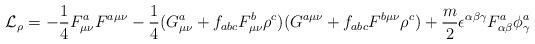
LaTeX: \begin{align*}{\cal L}_\rho = - \frac{1}{4} F_{\mu\nu}^a F^{a\mu\nu} - \frac{1}{4} (G_{\mu\nu}^a + f_{abc}F_{\mu\nu}^b \rho^c) (G^{a\mu\nu} + f_{abc} F^{b\mu\nu} \rho^c) + \frac{m}{2}\epsilon^{\alpha \beta \gamma} F_{\alpha \beta}^a \phi_{\gamma}^a\end{align*}